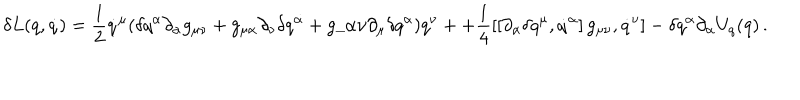
LaTeX: \delta L ( q , \dot { q } ) = \frac { 1 } { 2 } \dot { q } ^ { \mu } ( \delta q ^ { \alpha } \partial _ { \alpha } g _ { \mu \nu } + g _ { \mu \alpha } \partial _ { \nu } \delta q ^ { \alpha } + g \_ { \alpha \nu } \partial _ { \mu } \delta q ^ { \alpha } ) q ^ { \nu } + + \frac { 1 } { 4 } \left[ \left[ \partial _ { \alpha } \delta q ^ { \mu } , \dot { q } ^ { \alpha } \right] g _ { \mu \nu } , \dot { q } ^ { \nu } \right] - \delta q ^ { \alpha } \partial _ { \alpha } U _ { q } ( q ) \, .